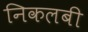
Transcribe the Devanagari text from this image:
निकलबी